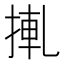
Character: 𢮊